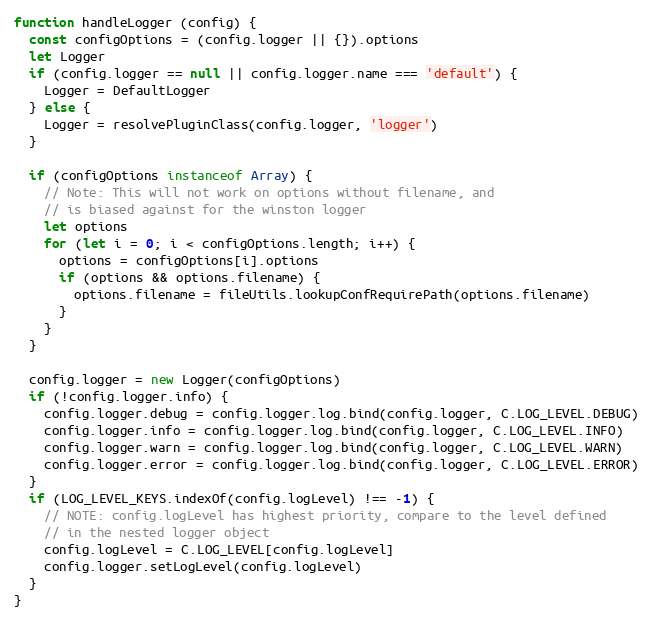
Language: JavaScript
function handleLogger (config) {
  const configOptions = (config.logger || {}).options
  let Logger
  if (config.logger == null || config.logger.name === 'default') {
    Logger = DefaultLogger
  } else {
    Logger = resolvePluginClass(config.logger, 'logger')
  }

  if (configOptions instanceof Array) {
    // Note: This will not work on options without filename, and
    // is biased against for the winston logger
    let options
    for (let i = 0; i < configOptions.length; i++) {
      options = configOptions[i].options
      if (options && options.filename) {
        options.filename = fileUtils.lookupConfRequirePath(options.filename)
      }
    }
  }

  config.logger = new Logger(configOptions)
  if (!config.logger.info) {
    config.logger.debug = config.logger.log.bind(config.logger, C.LOG_LEVEL.DEBUG)
    config.logger.info = config.logger.log.bind(config.logger, C.LOG_LEVEL.INFO)
    config.logger.warn = config.logger.log.bind(config.logger, C.LOG_LEVEL.WARN)
    config.logger.error = config.logger.log.bind(config.logger, C.LOG_LEVEL.ERROR)
  }
  if (LOG_LEVEL_KEYS.indexOf(config.logLevel) !== -1) {
    // NOTE: config.logLevel has highest priority, compare to the level defined
    // in the nested logger object
    config.logLevel = C.LOG_LEVEL[config.logLevel]
    config.logger.setLogLevel(config.logLevel)
  }
}